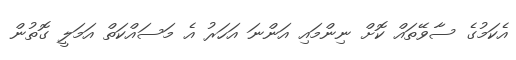
އެކަމުގެ ސާވޭތައް ކޮށް ނިންމައި އަންނަ އަހަރު އެ މަސައްކަތް އަމަލީ ގޮތުން